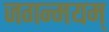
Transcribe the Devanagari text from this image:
जगन्मयम्